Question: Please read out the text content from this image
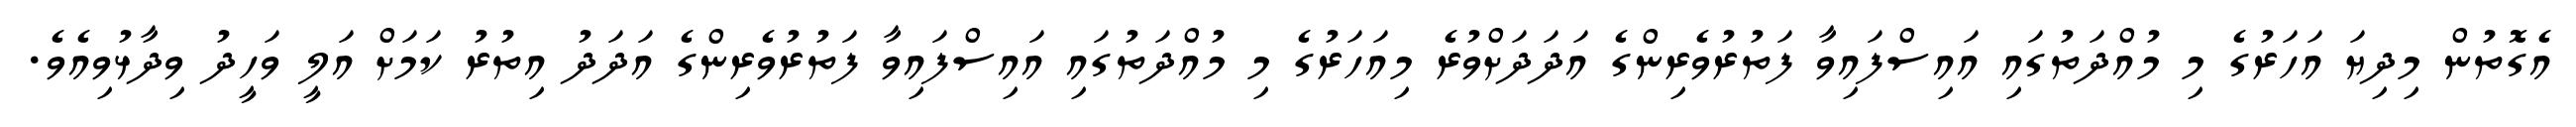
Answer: އެގޮތުން މިދިޔަ އަހަރުގެ މި މުއްދަތުގައި އައިސްފައިވާ ފަތުރުވެރިންގެ އަދަދަށްވުރެ މިއަހަރުގެ މި މުއްދަތުގައި އައިސްފައިވާ ފަތުރުވެރިންގެ އަދަދު އިތުރު ކަމަށް އަލީ ވަހީދު ވިދާޅުވިއެވެ.